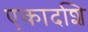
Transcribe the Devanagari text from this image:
एकादशि